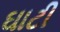
ઘાટી